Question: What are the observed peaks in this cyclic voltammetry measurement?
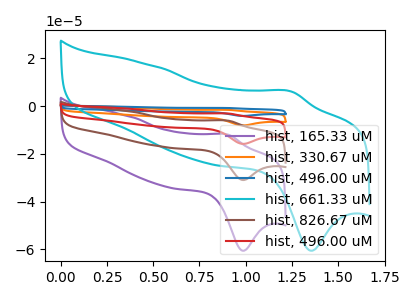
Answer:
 <answer>The purple curve "hist, 165.33 uM" has an anodic peak at (0.90V, -12.10uA) and a cathodic peak at (1.00V, -60.60uA). The orange curve "hist, 330.67 uM" has an anodic peak at (0.90V, -18.60uA) and a cathodic peak at (1.00V, -93.00uA). The blue curve "hist, 496.00 uM" has an anodic peak at (0.90V, -24.80uA) and a cathodic peak at (1.00V, -123.95uA). The cyan curve "hist, 661.33 uM" has an anodic peak at (1.25V, 6.00uA) and a cathodic peak at (1.35V, -60.60uA). The brown curve "hist, 826.67 uM" has an anodic peak at (0.90V, -6.20uA) and a cathodic peak at (1.00V, -31.00uA). The red curve "hist, 496.00 uM" has an anodic peak at (0.90V, -12.40uA) and a cathodic peak at (1.00V, -62.00uA).</answer>
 <eval></eval>